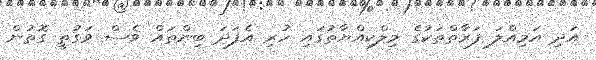
އަދި އަމިއްލަ ފަރާތްތަކުގެ މިލްކިއްޔާތުގައި ހުރި އެފަދަ ބިންތައް ވެސް ވަގުތީ ގޮތުން